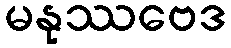
မနုဿဗေဒ